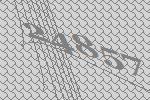
24857